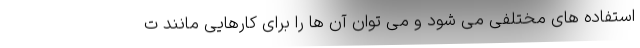
استفاده های مختلفی می شود و می توان آن ها را برای کارهایی مانند ت